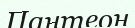
Пантеон